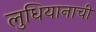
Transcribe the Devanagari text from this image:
लुधियानाची